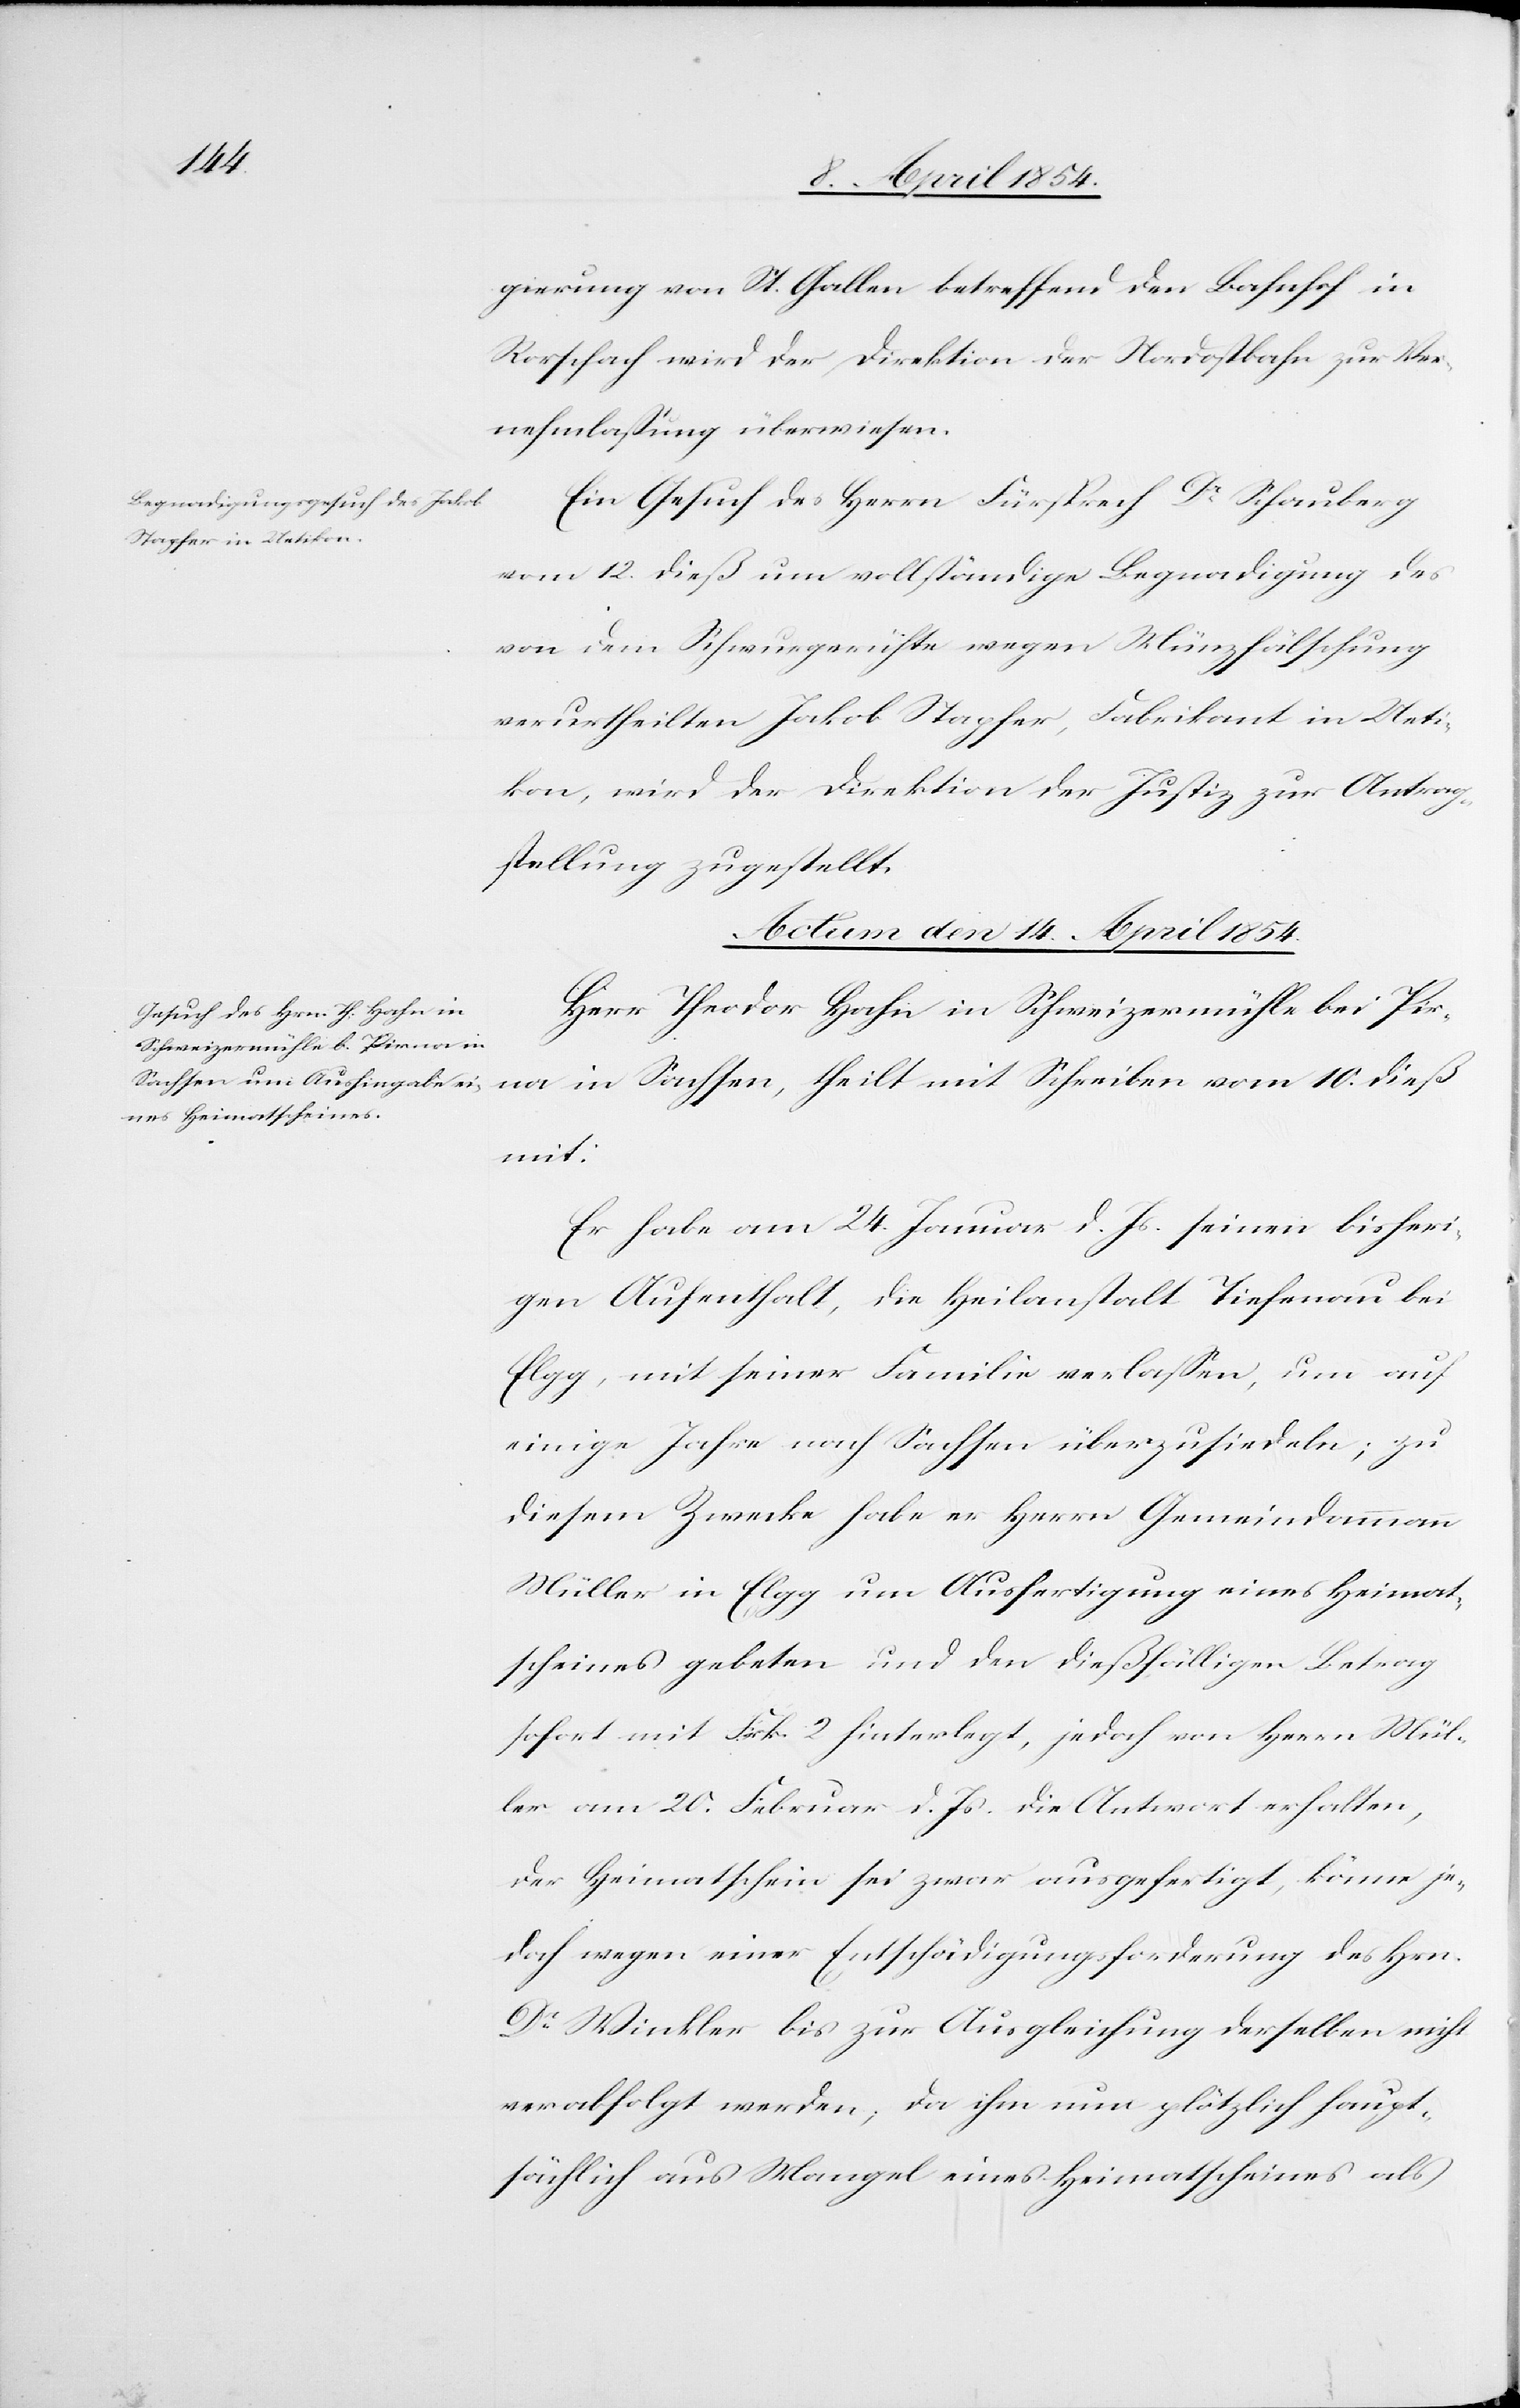
gierung von St. Gallen betreffend den Bahnhof in
Rorschach wird der Direktion der Nordostbahn zur Ver¬
nehmlaßung überwiesen.
Ein Gesuch des Herrn Fürsprech Dr Schauberg
vom 12. dieß um vollständige Begnadigung des
von dem Schwurgerichte wegen Münzfälschung
verurtheilten Jakob Stapfer, Fabrikant in Ueti¬
kon, wird der Direktion der Justiz zur Antrag¬
stellung zugestellt.
Actum den 14. April 1854.
Herr Theodor Hahn in Schweizermühle bei Pir¬
na in Sachsen, theilt mit Schreiben vom 10. dieß
mit:
Er habe am 24. Januar d. Js seinen bisheri¬
gen Aufenthalt, die Heilanstalt Tiefenau bei
Elgg, mit seiner Familie verlaßen, um auf
einige Jahre nach Sachsen überzusiedeln; zu
diesem Zwecke habe er Herrn Gemeindammann
Müller in Elgg um Ausfertigung eines Heimat¬
scheines gebeten und den dießfälligen Betrag
sofort mit Frk. 2 hinterlegt, jedoch von Herrn Mül¬
ler am 20. Februar d. Js die Antwort erhalten,
der Heimatschein sei zwar ausgefertigt, könne je¬
doch wegen einer Entschädigungsforderung des Hrn.
Dr Winkler bis zur Ausgleichung derselben nicht
verabfolgt werden; da ihm nun plötzlich haupt¬
sächlich aus Mangel eines Heimatscheines als